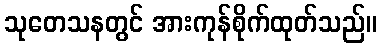
သုတေသနတွင် အားကုန်စိုက်ထုတ်သည်။